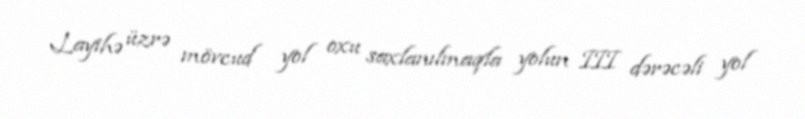
Layihə üzrə mövcud yol oxu saxlanılmaqla yolun III dərəcəli yol